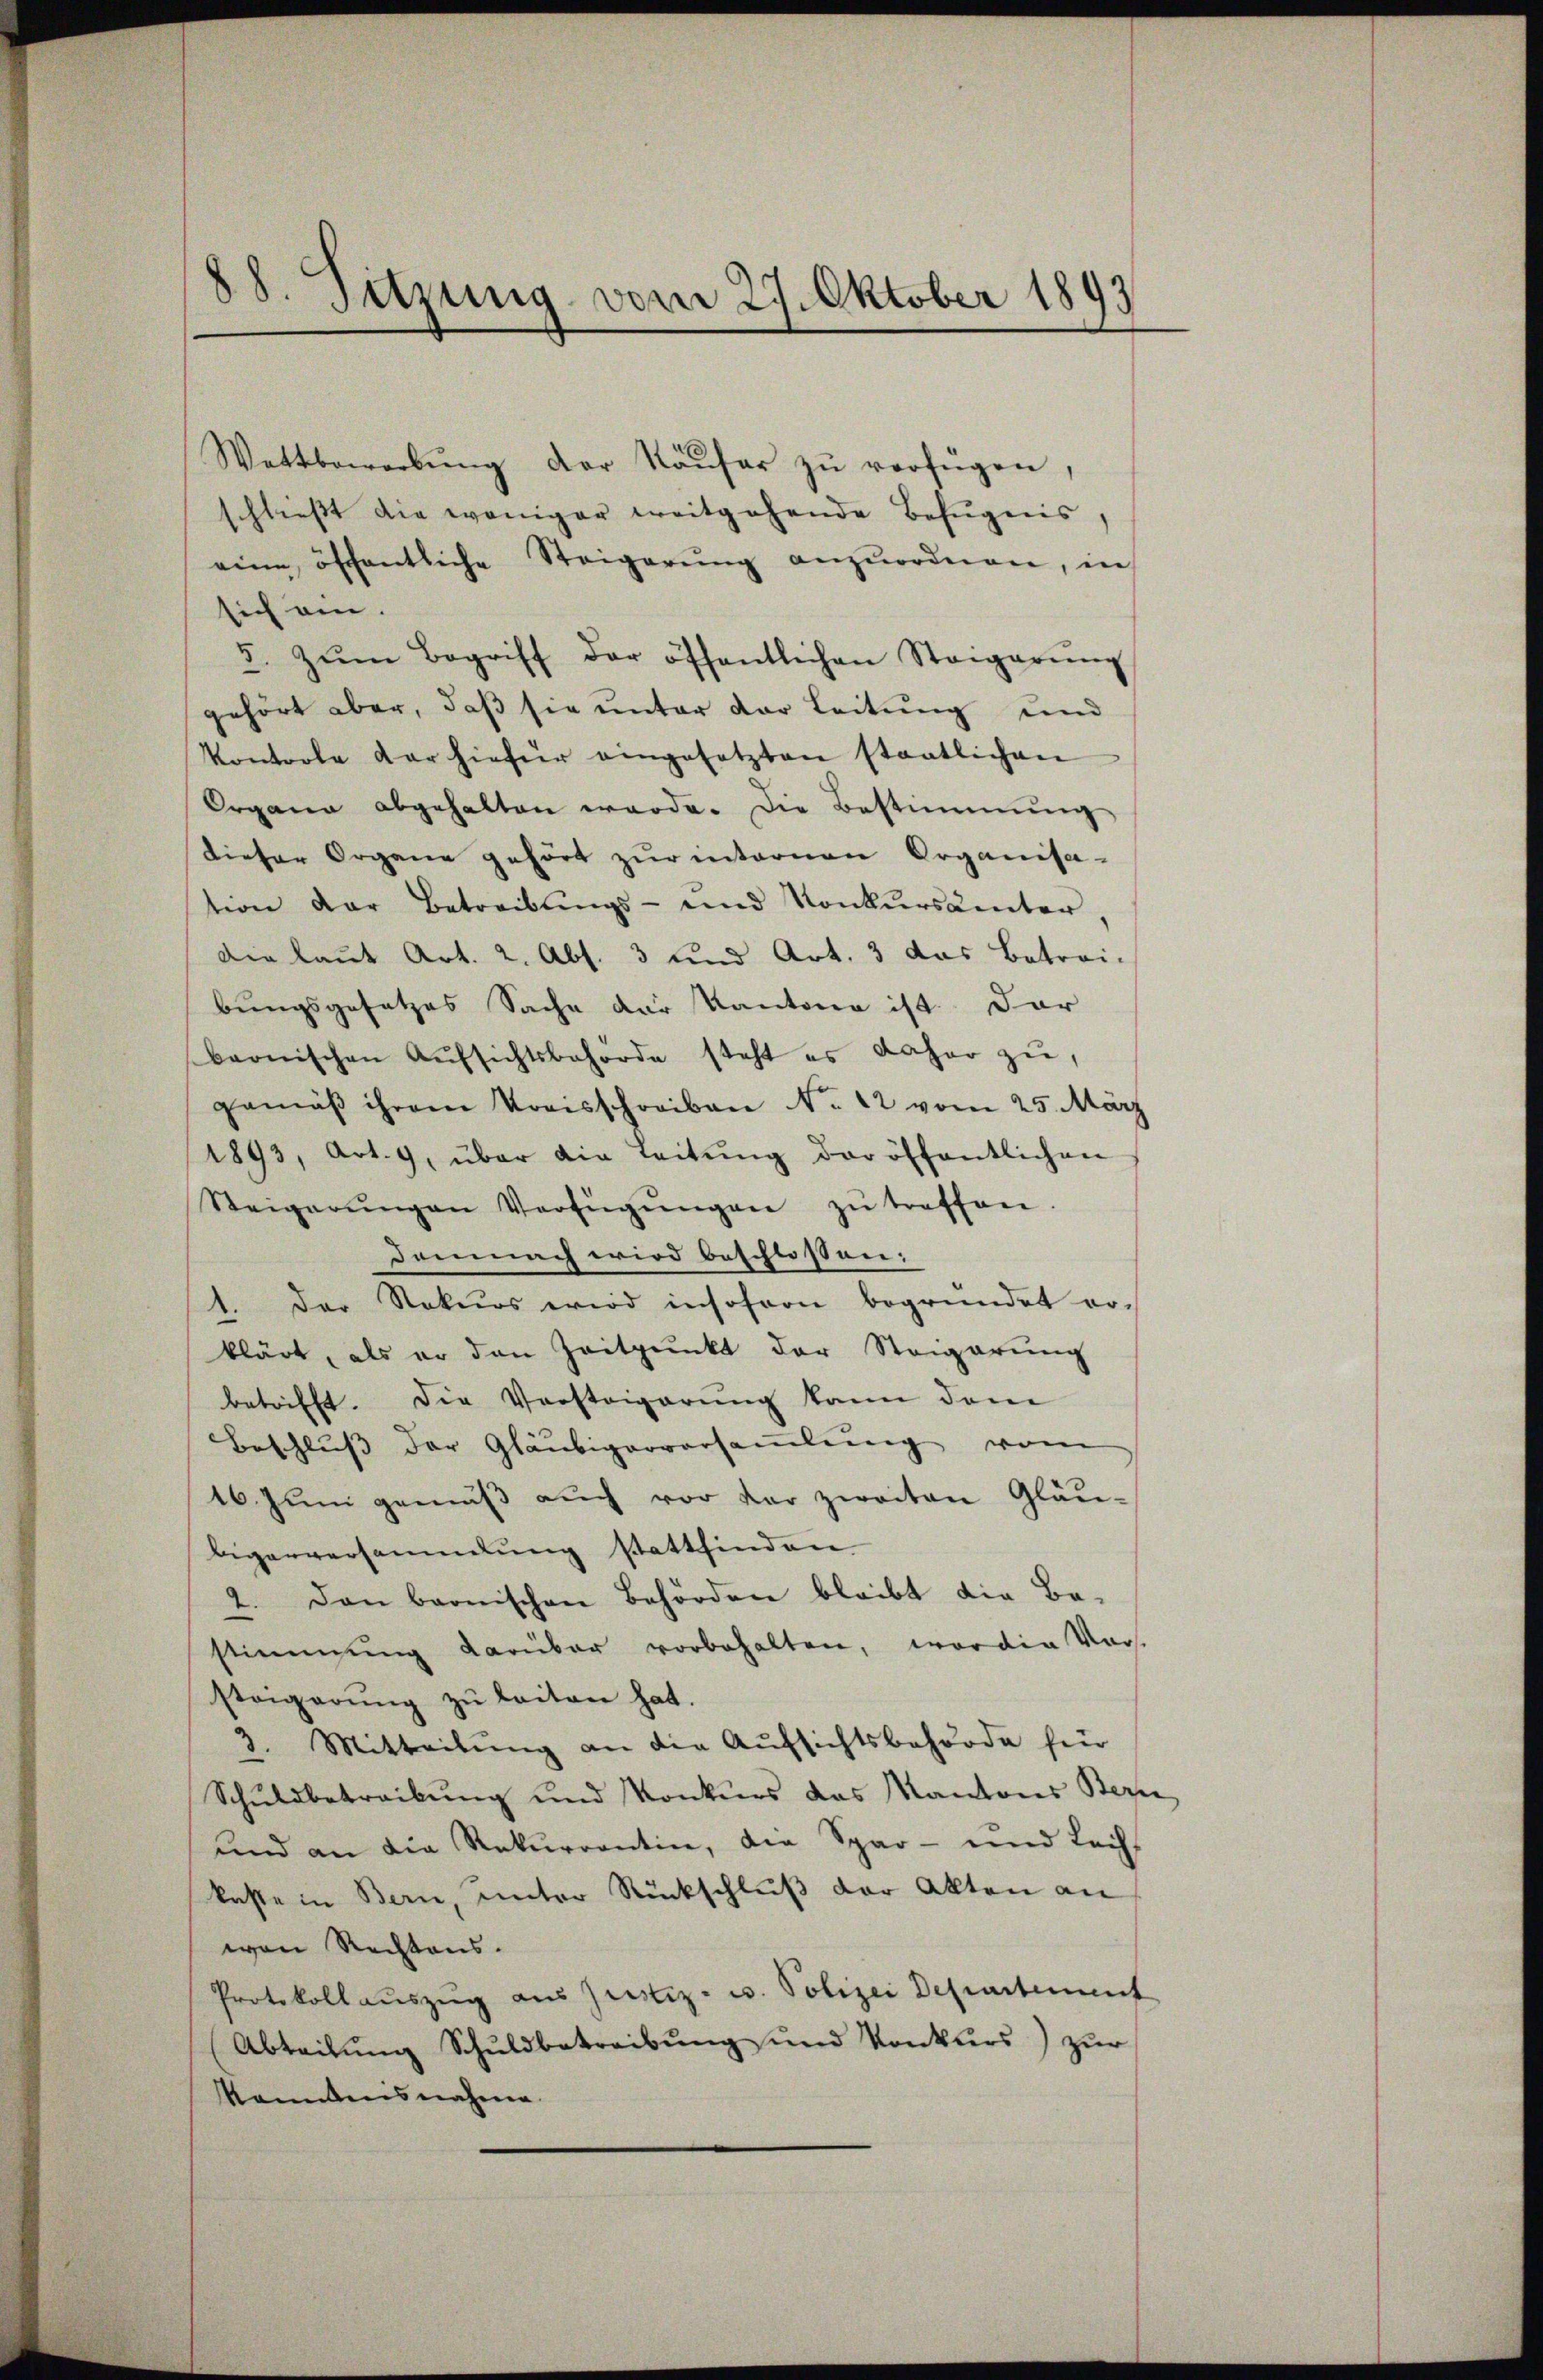
Wattbewerbŭng der Käŭfer zŭ verfügen,
schließt die weniger weitgehende Befugnis,
eine öffentliche Steigerŭng anzŭordnen, in
sich an.
3. zŭm Begriff der öffentlichen Steigerŭng
gehört aber, daß sie unter der Leitung und
Kontrole dar hiefür eingesetzten staatlichen
Organa abgehalten werde. Die Bestimmung
dieser Organe gehört zŭr internen Organisa-
tion der Betreibŭngs- und Konkursämter
Die laut Art. 2. Abs. 3 und Art. 3 das Betrai-
bungsgesetzes Sache der Kantone ist. Dar
barnischen Aŭfsichtsbehörde steht es daher zŭ,
gemäβ ihrem Kreisschreiben No. 12 vom 25. März
1893, Art. 9, über die Leitŭng der öffentlichen
Steigerŭngen Verfügŭngen zŭ treffen.
Demnach wird beschlossen:
1. Der Rekurs wird insofern begründet erklärt, als er den Zeitpunkt der Steigerŭng
betrifft. Die Vorsteigerung kann dem
Beschluß der Gläubigerversaṁlŭng vom
16. Juni gemäß auch vor der zweiten Gläu-
bigerversammlung stattfinden
2. Den bernischen Behörden bleibt die Be-
stimmung darüber vorbehalten, worden Vors.
steigerŭng zŭ leiten hat.
2. Mitteilung an die Aufsichtsbehörde für
Schuldbetreibŭng und Konkurs das Kantons Bern
und an die Rekurrentin, die Spar- und Leih-
kaste in Bern, unter Rückschluß der Akten an
won Rechtens.
Protokollauszug aus Justiz- u. Polizei Departement
Abteilŭng Schuldbetreibŭng und Konkurs) zur
kanntnisnahme

88. Sitzung vom 27. Oktober 1893